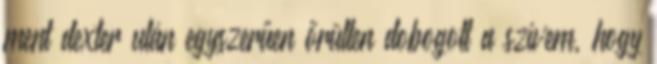
ment dexter után egyszerűen őrülten dobogott a szívem, hogy